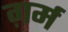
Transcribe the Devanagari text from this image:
ग़र्म